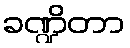
ခဏ္ဍိတာ